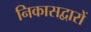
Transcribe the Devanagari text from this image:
निकासद्वारों